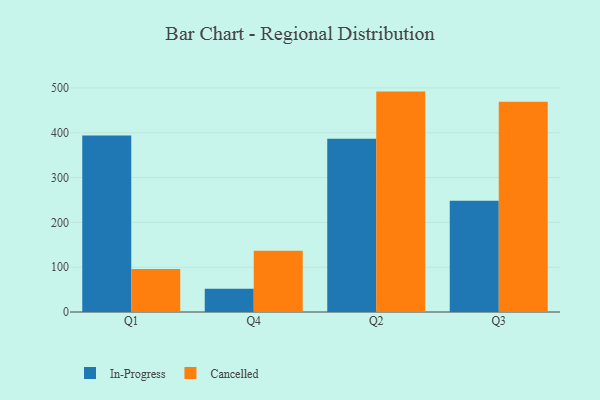
{"axis": {"x": "Quarter", "y": "Shipments"}, "legend": ["Cancelled", "In-Progress"], "data": [{"x": "Q1", "y": 393.9, "type": "In-Progress"}, {"x": "Q1", "y": 96.1, "type": "Cancelled"}, {"x": "Q4", "y": 52.1, "type": "In-Progress"}, {"x": "Q4", "y": 136.5, "type": "Cancelled"}, {"x": "Q2", "y": 386.7, "type": "In-Progress"}, {"x": "Q2", "y": 491.9, "type": "Cancelled"}, {"x": "Q3", "y": 248.5, "type": "In-Progress"}, {"x": "Q3", "y": 469.4, "type": "Cancelled"}]}